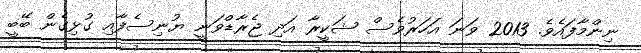
ނިންމާފައެވެ. 2013 ވަނަ އަހަރުވެސް ޝަކީރާ އަދި ޖެރާޑްވަނީ ޔުނިސެފާއި ގުޅިގެން ބޭބީ